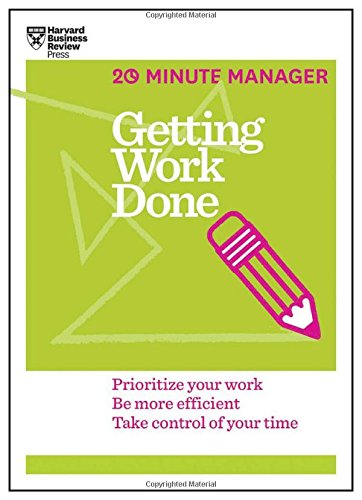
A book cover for Getting Work Done (HBR 20-Minute Manager Series); Harvard Business Review; Business & Money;